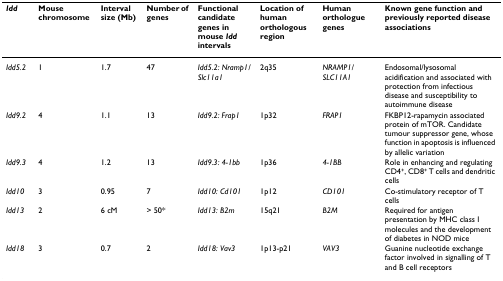
| Idd | Mouse chromosome | Interval size (Mb) | Number of genes | Functional candidate genes in mouse Idd intervals | Location of human orthologous region | Human orthologue genes | Known gene function and previously reported disease associations |
 | --- | --- | --- | --- | --- | --- | --- | --- |
 | Idd5.2 | 1 | 1.7 | 47 | Idd5.2: Nramp1/Slc11a1 | 2q35 | NRAMP1/SLC11A1 | Endosomal/lysosomal acidification and associated with protection from infectious disease and susceptibility to autoimmune disease |
 | Idd9.2 | 4 | 1.1 | 13 | Idd9.2: Frap1 | 1p32 | FRAP1 | FKBP12-rapamycin associated protein of mTOR. Candidate tumour suppressor gene, whose function in apoptosis is influenced by allelic variation |
 | Idd9.3 | 4 | 1.2 | 13 | Idd9.3: 4-1bb | 1p36 | 4-1BB | Role in enhancing and regulating CD4+, CD8+ T cells and dendritic cells |
 | Idd10 | 3 | 0.95 | 7 | Idd10: Cd101 | 1p12 | CD101 | Co-stimulatory receptor of T cells |
 | Idd13 | 2 | 6 cM | > 50* | Idd13: B2m | 15q21 | B2M | Required for antigen presentation by MHC class I molecules and the development of diabetes in NOD mice |
 | Idd18 | 3 | 0.7 | 2 | Idd18: Vav3 | 1p13-p21 | VAV3 | Guanine nucleotide exchange factor involved in signalling of T and B cell receptors |